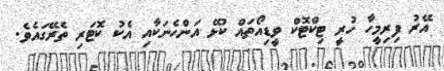
އޭރު ފިރިމީހާ ހުރީ ޓިކްޓޮކް ވީޑިއޯތައް ކުޅޭ އަންހެނަކާއި އެކު ކޮޓަރި ތެރޭގައެވެ.